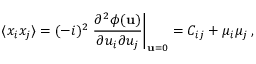
\langle x _ { i } x _ { j } \rangle = ( - i ) ^ { 2 } \left. { \frac { \partial ^ { 2 } \phi ( { \bf u } ) } { \partial u _ { i } \partial u _ { j } } } \right| _ { { \bf u } = 0 } = C _ { i j } + \mu _ { i } \mu _ { j } \, ,